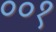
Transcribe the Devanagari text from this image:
००१